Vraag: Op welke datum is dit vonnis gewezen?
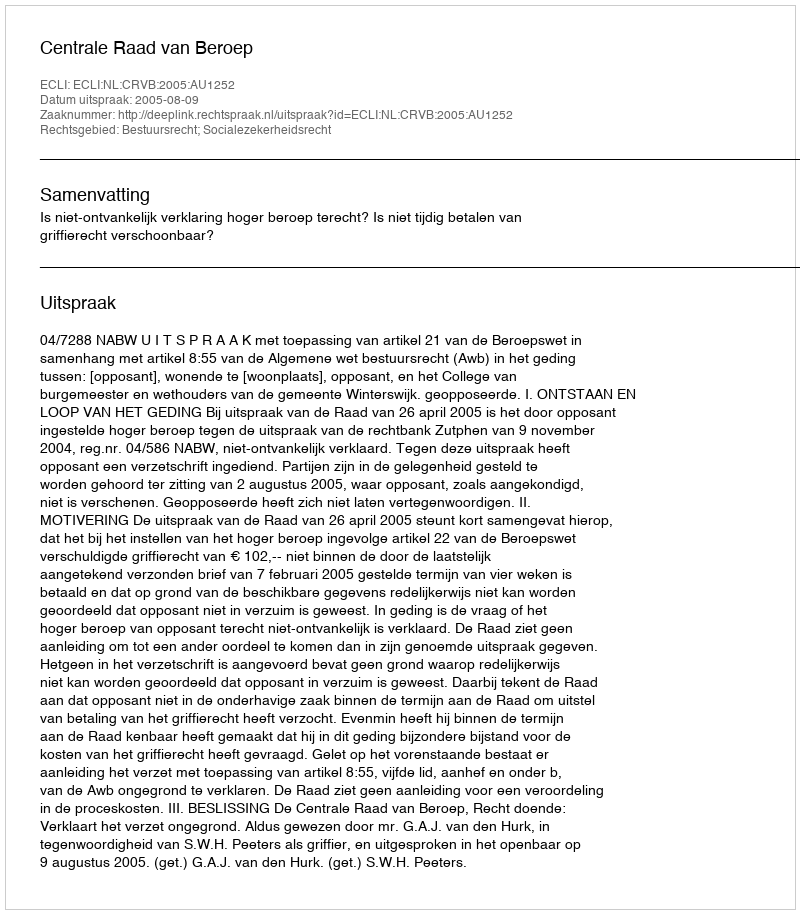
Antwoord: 2005-08-09